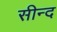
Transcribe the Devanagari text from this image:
सीन्द